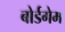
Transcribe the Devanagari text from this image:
बोर्डगेम